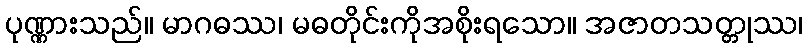
ပုဏ္ဏားသည်။ မာဂဓဿ၊ မဓတိုင်းကိုအစိုးရသော။ အဇာတသတ္တုဿ၊